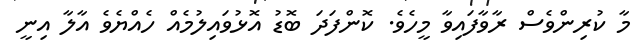
މާ ކުރިންވެސް ރާވާފައިވާ މީހެވެ. ކޮންފަދަ ބޮޑު އޮޅުވައިލުމެއް ހެއްޔެވެ އާލާ އިނީ